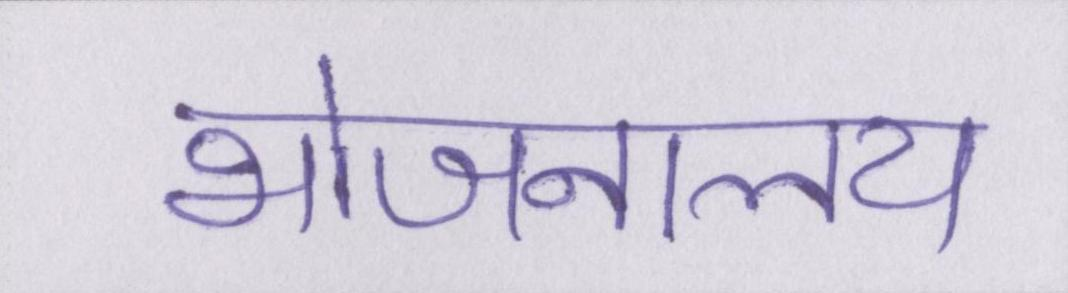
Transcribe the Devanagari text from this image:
भोजनालय